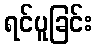
ရင်ပူခြင်း